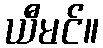
ယီမင်။